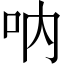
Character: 呐